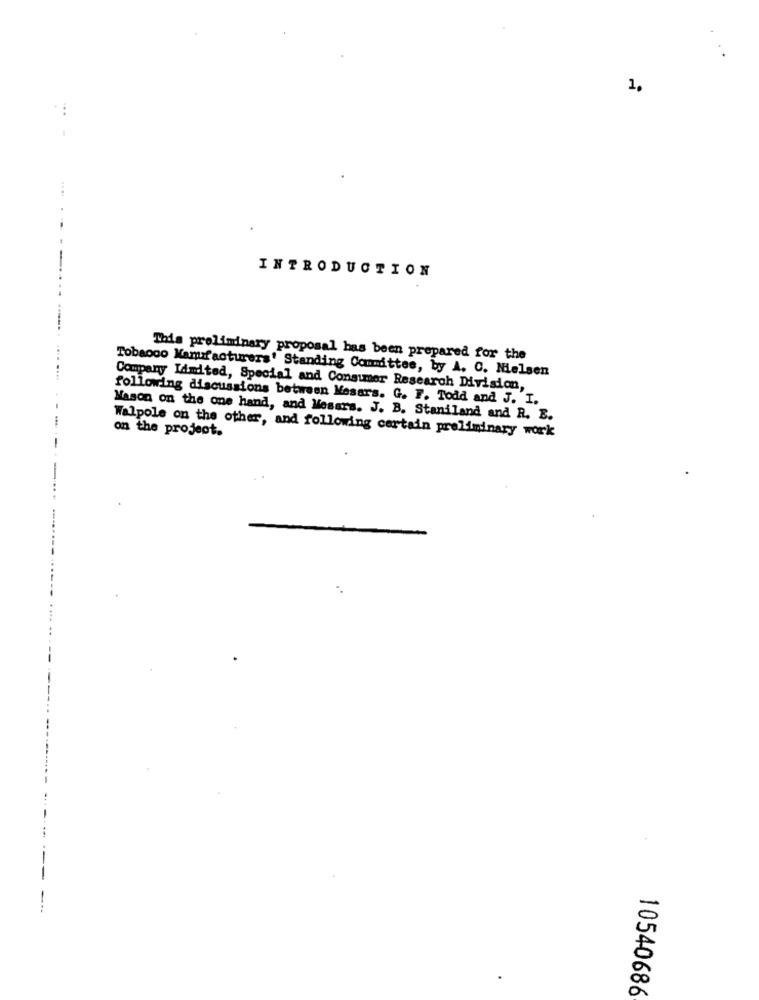
1.
...
INTRODUCTION
This preliminary proposal has been prepared for the
Tobacco Manufacturers' Standing Committee, by A. C. Nielsen
Company Limited, Special and Consumer Research Division,
following discussions between Mesars. G. F. Todd and J. I.
Mason on the one hand, and Mesars. J. B. Staniland and R. E.
Walpole on the other, and following certain preliminary work
on the project.
10540686